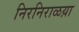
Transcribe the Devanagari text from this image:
निरनिराळय़ा